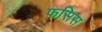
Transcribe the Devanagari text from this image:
फसिस